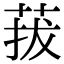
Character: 菝